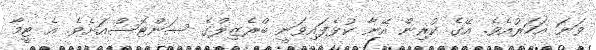
ވަނަ އަހަރުއެވެ. އޭގެ ކުރިން އޭނާ ކުޅެފައިވަނީ ބްރެޒިލްގެ ސަންޓޮސްއަށެވެ. އެ ޓީމާ